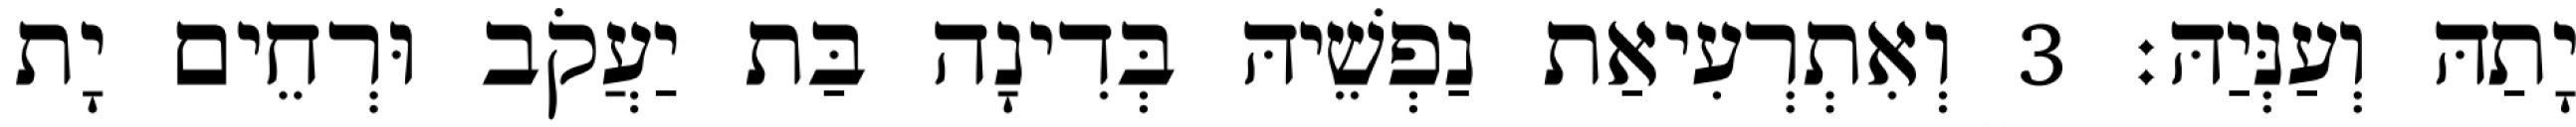
יָתַהּ וְעַנְּיַהּ׃ 3 וְאִתְרְעִיאַת נַפְשֵׁיהּ בְּדִינָה בַּת יַעֲקֹב וּרְחֵים יָת